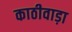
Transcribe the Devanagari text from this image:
काठीवाड़ा